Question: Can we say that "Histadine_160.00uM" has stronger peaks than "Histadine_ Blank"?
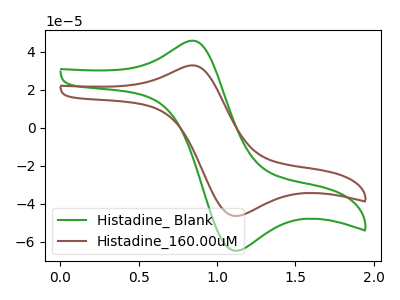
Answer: <think>The green curve "Histadine_ Blank" has an anodic peak at (0.80V, 45.75uA) and a cathodic peak at (1.10V, -64.60uA). The brown curve "Histadine_160.00uM" has an anodic peak at (0.80V, 32.80uA) and a cathodic peak at (1.10V, -46.30uA).</think>
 <answer>Every peak in "Histadine_160.00uM" is lower than every peak in "Histadine_ Blank".</answer>
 <eval>lower</eval>